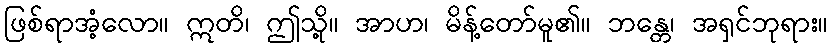
ဖြစ်ရာအံ့လော။ ဣတိ၊ ဤသို့။ အာဟ၊ မိန့်တော်မူ၏။ ဘန္တေ၊ အရှင်ဘုရား။